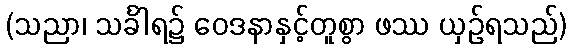
(သညာ၊ သင်္ခါရ၌ ဝေဒနာနှင့်တူစွာ ဖဿ ယှဉ်ရသည်)